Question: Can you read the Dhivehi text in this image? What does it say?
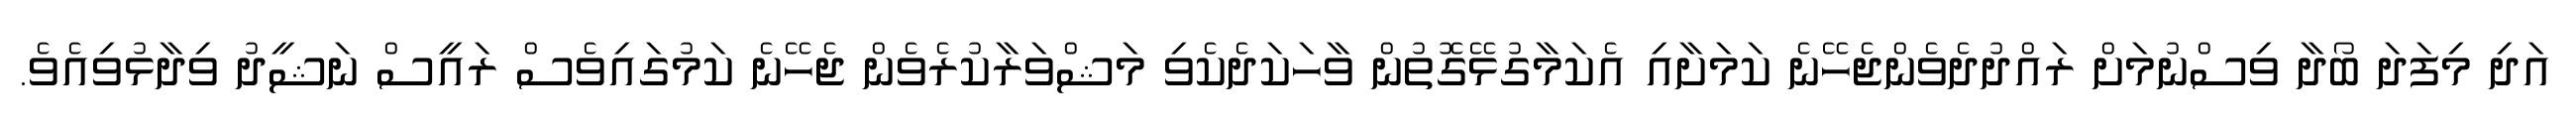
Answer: އަދި މިފަދަ ބޯދާ ވިސްނުމަށް ރައްދުދެވެންޖެހޭނެ ކަމަށާއި އެކަމާގުޅޭގޮތުން ވާހަކަދެކެވި މަޝްވަރާކުރެވެން ޖެހޭނެ ކަމުގައިވެސް ރައީސް ނަޝީދު ވިދާޅުވިއެވެ.